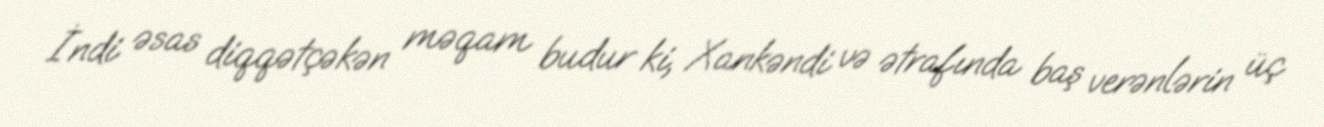
İndi əsas diqqətçəkən məqam budur ki, Xankəndi və ətrafında baş verənlərin üç